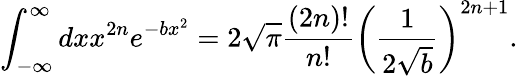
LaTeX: \int_{-\infty}^{\infty}dxx^{2n}e^{-bx^{2}}=2\sqrt{\pi}\frac{\left(2n\right)!}{n!}\left(\frac{1}{2\sqrt{b}}\right)^{2n+1}.